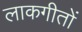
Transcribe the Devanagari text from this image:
लाकगीतों